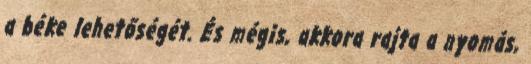
a béke lehetőségét. És mégis, akkora rajta a nyomás,